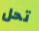
تحل